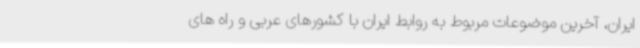
ایران، آخرین موضوعات مربوط به روابط ایران با کشورهای عربی و راه های